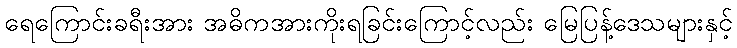
ရေကြောင်းခရီးအား အဓိကအားကိုးရခြင်းကြောင့်လည်း မြေပြန့်ဒေသများနှင့်